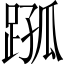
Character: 𨂗